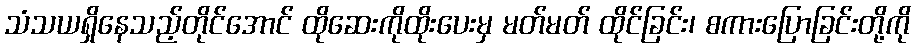
သံသယရှိနေသည့်တိုင်အောင် ထိုဆေးကိုထိုးပေးမှ မတ်မတ် ထိုင်ခြင်း၊ စကားပြောခြင်းတို့ကို